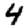
Digit: 4